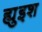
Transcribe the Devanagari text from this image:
ह्युइश